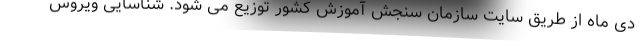
دی ماه از طریق سایت سازمان سنجش آموزش کشور توزیع می شود. شناسایی ویروس